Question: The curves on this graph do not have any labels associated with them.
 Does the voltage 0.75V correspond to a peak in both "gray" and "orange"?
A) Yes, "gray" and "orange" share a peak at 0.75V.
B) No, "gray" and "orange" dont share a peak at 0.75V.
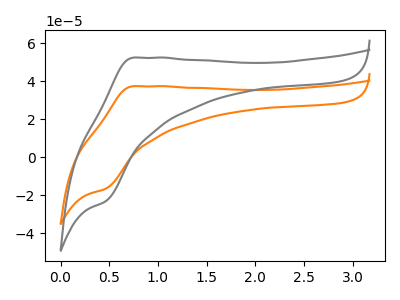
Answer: <think>The orange curve "orange" has an anodic peak at (0.75V, 37.50uA) and a cathodic peak at (0.45V, -16.40uA). The gray curve "gray" has an anodic peak at (0.75V, 52.55uA) and a cathodic peak at (0.45V, -22.95uA).</think>
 <answer>A) Yes, "gray" and "orange" share a peak at 0.75V.</answer>
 <eval>A</eval>